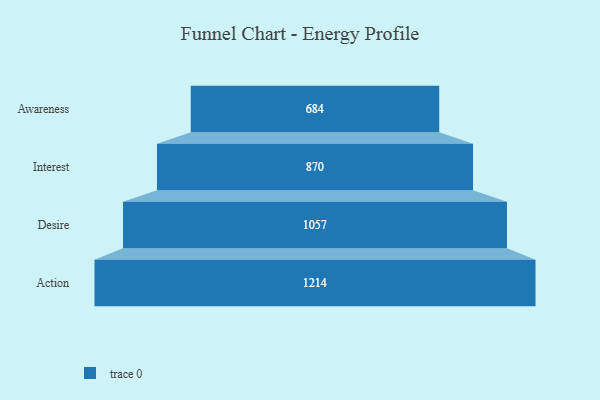
{"axis": {"x": "Stage", "y": "Value"}, "legend": [""], "data": [{"x": "Awareness", "y": 684.0, "type": ""}, {"x": "Interest", "y": 870.0, "type": ""}, {"x": "Desire", "y": 1057.0, "type": ""}, {"x": "Action", "y": 1214.0, "type": ""}]}